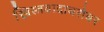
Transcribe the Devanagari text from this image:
ख्रिस्तवादाबरोबर